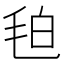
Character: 𭯖